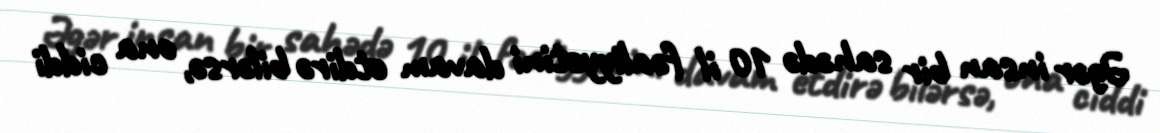
Əgər insan bir sahədə 10 il fəaliyyətini davam etdirə bilərsə, ona ciddi